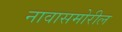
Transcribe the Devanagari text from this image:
नावासमोरील